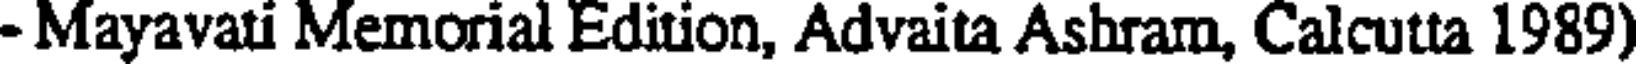
- Mayavati Memorial Edition, Advaita Ashram, Calcutta 1989)